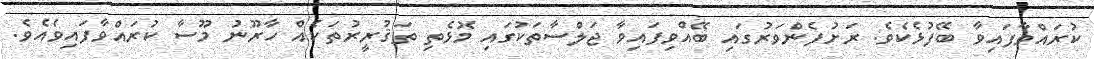
ކުރައްވާފައިވާ ބޭފުޅެކެވެ. ރަށުފެންވަރުގައި ބޭއްވިފައިވާ ޖަލްސާތަކުގައި މޮޅެތި ތަޤުރީރުތަކެއް ހާރޫނު މޫސާ ކުރައްވާފައިވެއެވެ.